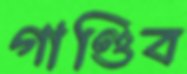
গাণ্ডিব